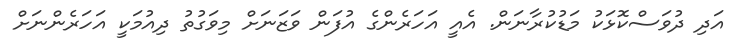
އަދި ދުވަސްކޮޅަކު މަޑުކުރާނަން. އެއީ އަހަރެންގެ އުފަން ވަޒަނަށް މިވަގުތު ދިއުމަކީ އަހަރެންނަށް